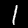
Label: 1